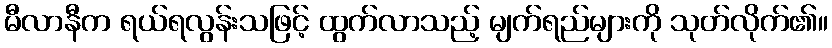
မီလာနီက ရယ်ရလွန်းသဖြင့် ထွက်လာသည့် မျက်ရည်များကို သုတ်လိုက်၏။